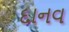
દાનવ